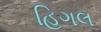
હિગલ